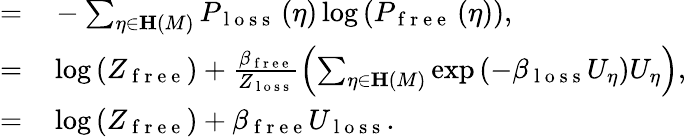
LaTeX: \begin{array}{rl}{=}&{{}-\sum_{\eta\in\mathbf{H}\left(M\right)}P_{\mathrm{~l~o~s~s~}}\left(\eta\right)\log\left(P_{\mathrm{~f~r~e~e~}}\left(\eta\right)\right),}\\ {=}&{{}\log\left(Z_{\mathrm{~f~r~e~e~}}\right)+\frac{\beta_{\mathrm{~f~r~e~e~}}}{Z_{\mathrm{~l~o~s~s~}}}\left(\sum_{\eta\in\mathbf{H}\left(M\right)}\exp\left(-\beta_{\mathrm{~l~o~s~s~}}U_{\eta}\right)U_{\eta}\right),}\\ {=}&{{}\log\left(Z_{\mathrm{~f~r~e~e~}}\right)+\beta_{\mathrm{~f~r~e~e~}}U_{\mathrm{~l~o~s~s~}}.}\end{array}